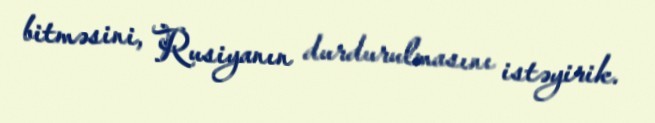
bitməsini, Rusiyanın durdurulmasını istəyirik.